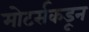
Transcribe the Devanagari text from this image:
मोटर्सकडून